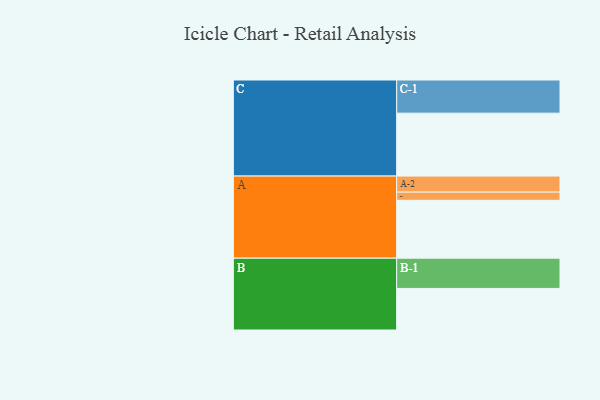
{"axis": {"x": "Segment", "y": "Value"}, "legend": ["", "A", "B", "C"], "data": [{"x": "A", "y": 501, "type": ""}, {"x": "B", "y": 360, "type": ""}, {"x": "C", "y": 545, "type": ""}, {"x": "A-1", "y": 71, "type": "A"}, {"x": "A-2", "y": 139, "type": "A"}, {"x": "B-1", "y": 262, "type": "B"}, {"x": "C-1", "y": 287, "type": "C"}]}